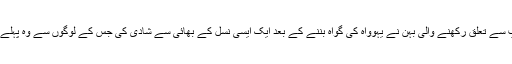
‏ اور وسطی یورپ سے تعلق رکھنے والی بہن نے یہوواہ کی گواہ بننے کے بعد ایک ایسی نسل کے بھائی سے شادی کی جس کے لوگوں سے وہ پہلے نفرت کرتی تھی۔